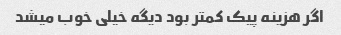
اگر هزینه پیک کمتر بود دیگه خیلی خوب میشد